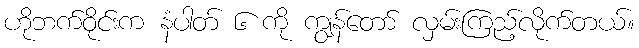
ဟိုဘက်ဝိုင်းက နံပါတ် ၆ ကို ကျွန်တော် လှမ်းကြည့်လိုက်တယ်။